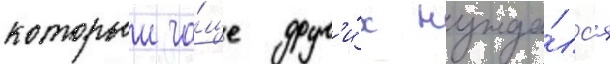
которыи ча́ще друг'и́х нужда́лс'я